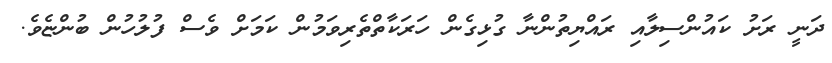
ދަނީ ރަށު ކައުންސިލާއި ރައްޔިތުންނާ ގުޅިގެން ހަރަކާތްތެރިވަމުން ކަމަށް ވެސް ފުލުހުން ބުންޏެވެ.